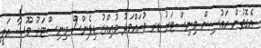
އެގޮތުން ހައުސިން މިނިސްޓަރު ޑރ މުހައްމަދު މުއިއްޒު ޑިފެންސް މިނިސްޓަރު މޫސާ އަލީ